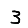
Digit: 3